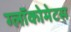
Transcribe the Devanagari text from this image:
ग्लॉकोमेटस